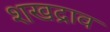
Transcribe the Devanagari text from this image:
शखद्राव